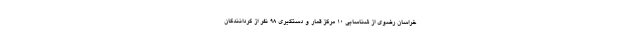
خراسان رضوی از شناسایی ۱۰ مرکز قمار و دستگیری ۹۸ نفر از گردانندگان